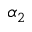
\alpha _ { 2 }